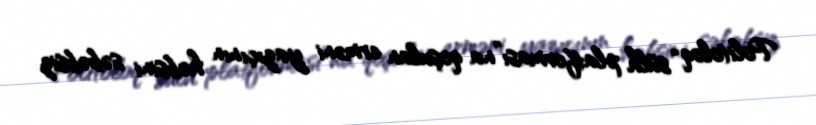
Politoloq “sülh platforması”na qoşulan erməni yazıçının həbsini səbəbsiz